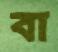
বা